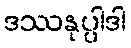
ဒဿနုပ္ပါဒါ